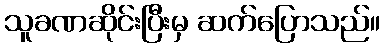
သူခဏဆိုင်းပြီးမှ ဆက်ပြောသည်။